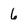
Character: 6